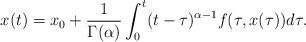
LaTeX: \begin{align*}x(t) = x_0 +\frac{1}{\Gamma(\alpha)}\int_0^t (t-\tau)^{\alpha-1}f(\tau,x(\tau)) d\tau.\end{align*}